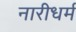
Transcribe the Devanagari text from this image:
नारीधर्म